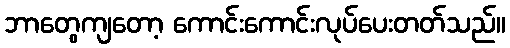
ဘာတွေကျတော့ ကောင်းကောင်းလုပ်ပေးတတ်သည်။